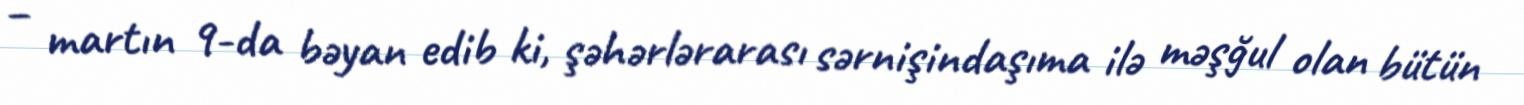
– martın 9-da bəyan edib ki, şəhərlərarası sərnişindaşıma ilə məşğul olan bütün